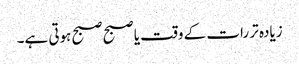
زیادہ تر رات کے وقت یا صبح صبح ہوتی ہے۔